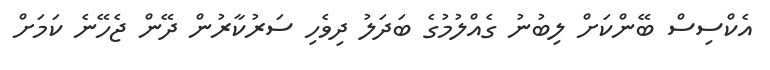
އެކްސިސް ބޭންކަށް ލިބުނު ގެއްލުމުގެ ބަދަލު ދިވެހި ސަރުކާރުން ދޭން ޖެހޭނެ ކަމަށް